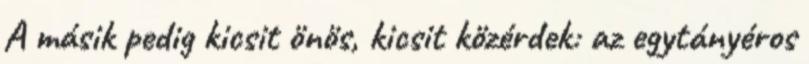
A másik pedig kicsit önös, kicsit közérdek: az egytányéros